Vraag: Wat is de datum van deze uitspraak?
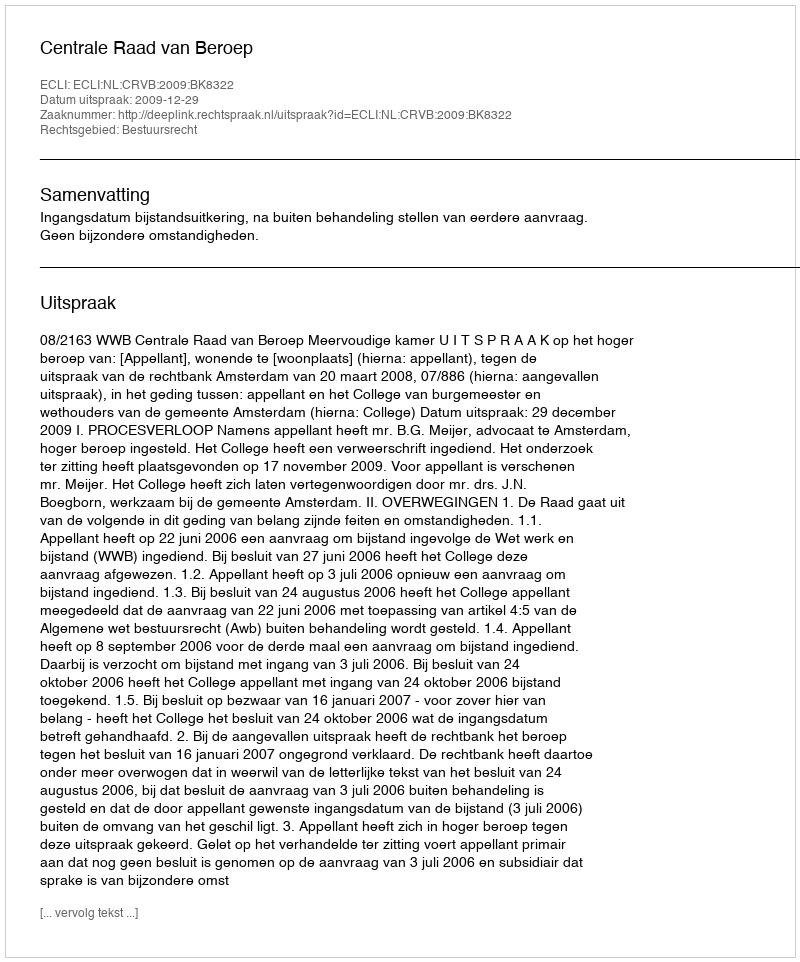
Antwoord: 2009-12-29